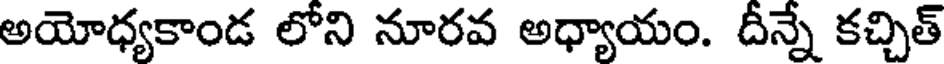
అయోధ్యకాండ లోని నూరవ అధ్యాయం. దీన్నే కచ్చిత్